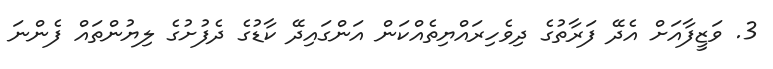
3. ވަޒީފާއަށް އެދޭ ފަރާތުގެ ދިވެހިރައްޔިތެއްކަން އަންގައިދޭ ކާޑުގެ ދެފުށުގެ ލިޔުންތައް ފެންނަ